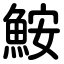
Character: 鮟